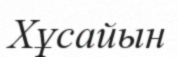
Хұсайын